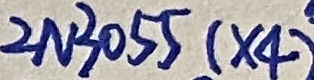
Text: 2N3055(×4)